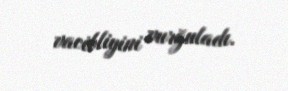
vacibliyini vurğuladı.